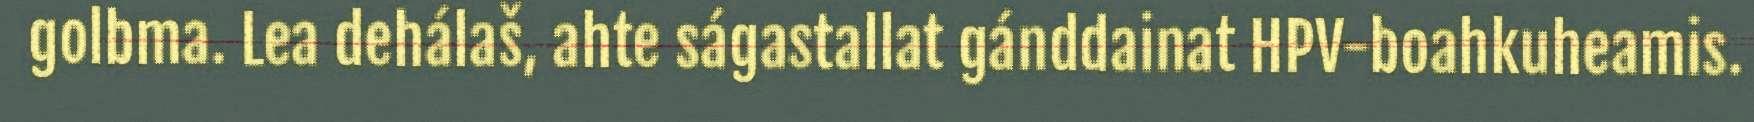
golbma. Lea dehálaš, ahte ságastallat gánddainat HPV-boahkuheamis.